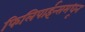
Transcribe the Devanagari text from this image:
फिलिपाईन्समधून